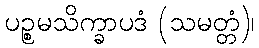
ပဉ္စမသိက္ခာပဒံ (သမတ္တံ)၊